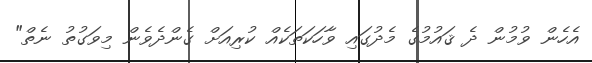
އެހެން ވުމުން ދެ ޤައުމުގެ މެދުގައި ވާހަކަތަކެއް ކުރިއަށް ގެންދެވެން މިވަގުތު ނެތް"